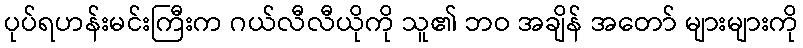
ပုပ်ရဟန်းမင်းကြီးက ဂယ်လီလီယိုကို သူ၏ ဘဝ အချိန် အတော် များများကို